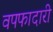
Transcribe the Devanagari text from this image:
वपफादारी